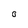
Character: 0